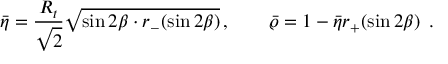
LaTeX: \bar { \eta } = \frac { R _ { t } } { \sqrt { 2 } } \sqrt { \sin 2 \beta \cdot r _ { - } ( \sin 2 \beta ) } \, , \quad \quad \bar { \varrho } = 1 - \bar { \eta } r _ { + } ( \sin 2 \beta ) \, ~ .